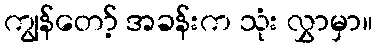
ကျွန်တော့် အခန်းက သုံး လွှာမှာ။